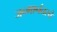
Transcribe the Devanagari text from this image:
जन्मानंतरचे